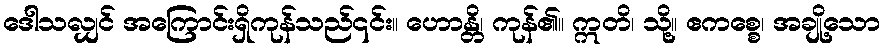
ဒေါသလျှင် အကြောင်းရှိကုန်သည်၎င်း။ ဟောန္တိ၊ ကုန်၏။ ဣတိ၊ သို့။ ဧကစ္စေ၊ အချို့သော